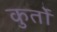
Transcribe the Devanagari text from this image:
कुर्तों